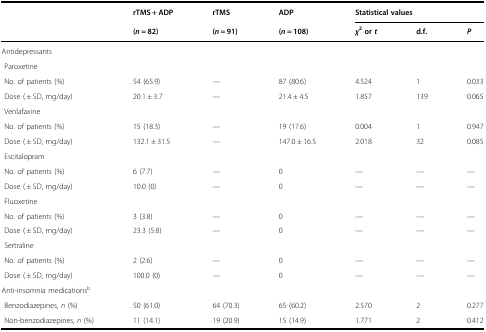
<table><thead><tr><td></td><td><b>rTMS + ADP</b></td><td><b>rTMS</b></td><td><b>ADP</b></td><td colspan="3"><b>Statistical values</b></td></tr><tr><td></td><td><b>(<i>n</i> = 82)</b></td><td><b>(<i>n</i> = 91)</b></td><td><b>(<i>n</i> = 108)</b></td><td><b><i>χ</i><sup>2</sup> or <i>t</i></b></td><td><b>d.f.</b></td><td><b><i>P</i></b></td></tr></thead><tbody><tr><td colspan="7">Antidepressants</td></tr><tr><td colspan="7"> Paroxetine</td></tr><tr><td> No. of patients (%)</td><td>54 (65.9)</td><td>—</td><td>87 (80.6)</td><td>4.524</td><td>1</td><td>0.033</td></tr><tr><td> Dose ( ± SD, mg/day)</td><td>20.1 ± 3.7</td><td>—</td><td>21.4 ± 4.5</td><td>1.857</td><td>139</td><td>0.065</td></tr><tr><td colspan="7"> Venlafaxine</td></tr><tr><td> No. of patients (%)</td><td>15 (18.3)</td><td>—</td><td>19 (17.6)</td><td>0.004</td><td>1</td><td>0.947</td></tr><tr><td> Dose ( ± SD, mg/day)</td><td>132.1 ± 31.5</td><td>—</td><td>147.0 ± 16.5</td><td>2.018</td><td>32</td><td>0.085</td></tr><tr><td colspan="7"> Escitalopram</td></tr><tr><td> No. of patients (%)</td><td>6 (7.7)</td><td>—</td><td>0</td><td>—</td><td>—</td><td>—</td></tr><tr><td> Dose ( ± SD, mg/day)</td><td>10.0 (0)</td><td>—</td><td>0</td><td>—</td><td>—</td><td>—</td></tr><tr><td colspan="7"> Fluoxetine</td></tr><tr><td> No. of patients (%)</td><td>3 (3.8)</td><td>—</td><td>0</td><td>—</td><td>—</td><td>—</td></tr><tr><td> Dose ( ± SD, mg/day)</td><td>23.3 (5.8)</td><td>—</td><td>0</td><td>—</td><td>—</td><td>—</td></tr><tr><td colspan="7"> Sertraline</td></tr><tr><td> No. of patients (%)</td><td>2 (2.6)</td><td>—</td><td>0</td><td>—</td><td>—</td><td>—</td></tr><tr><td> Dose ( ± SD, mg/day)</td><td>100.0 (0)</td><td>—</td><td>0</td><td>—</td><td>—</td><td>—</td></tr><tr><td colspan="7">Anti-insomnia medications<sup>b</sup></td></tr><tr><td> Benzodiazepines, <i>n</i> (%)</td><td>50 (61.0)</td><td>64 (70.3)</td><td>65 (60.2)</td><td>2.570</td><td>2</td><td>0.277</td></tr><tr><td> Non-benzodiazepines, <i>n</i> (%)</td><td>11 (14.1)</td><td>19 (20.9)</td><td>15 (14.9)</td><td>1.771</td><td>2</td><td>0.412</td></tr></tbody></table>